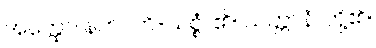
အတ္ထော၊ နက်။ ဟိ-သစ္စံ၊ ၏။ သတ္တာနံ၊ တို့၏။